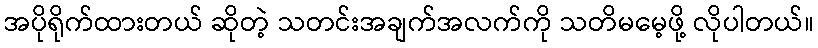
အပိုရိုက်ထားတယ် ဆိုတဲ့ သတင်းအချက်အလက်ကို သတိမမေ့ဖို့ လိုပါတယ်။